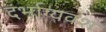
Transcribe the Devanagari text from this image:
दर्भाग्यवश